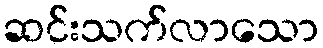
ဆင်းသက်လာသော